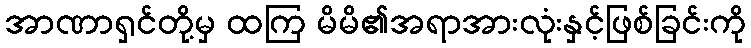
အာဏာရှင်တို့မှ ထကြ မိမိ၏အရာအားလုံးနှင့်ဖြစ်ခြင်းကို